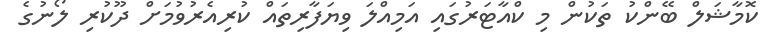
ކޮމާޝަލް ބޭންކު ތަކުން މި ކްއާޓަރުގައި އަމިއްލަ ވިޔަފާރިތައް ކުރިއެރުވުމަށް ދޫކުރި ލޯނުގެ